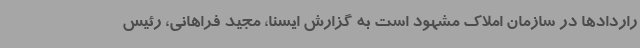
راردادها در سازمان املاک مشهود است به گزارش ایسنا، مجید فراهانی، رئیس